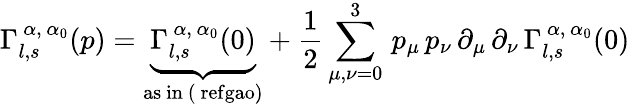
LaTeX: \Gamma_{l,s}^{\, \alpha,\, \alpha_{0}}(p)=\underbrace{\Gamma_{l,s}^{\, \alpha,\, \alpha_{0}}(0)}_{\mathrm{{as\ in\ (\ ref{gao}})}}+\frac{1}{2}\sum_{\mu,\nu=0}^{3}\, p_{\mu}\, p_{\nu}\, \partial_{\mu}\, \partial_{\nu}\, \Gamma_{l,s}^{\, \alpha,\, \alpha_{0}}(0)